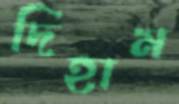
দিহাম